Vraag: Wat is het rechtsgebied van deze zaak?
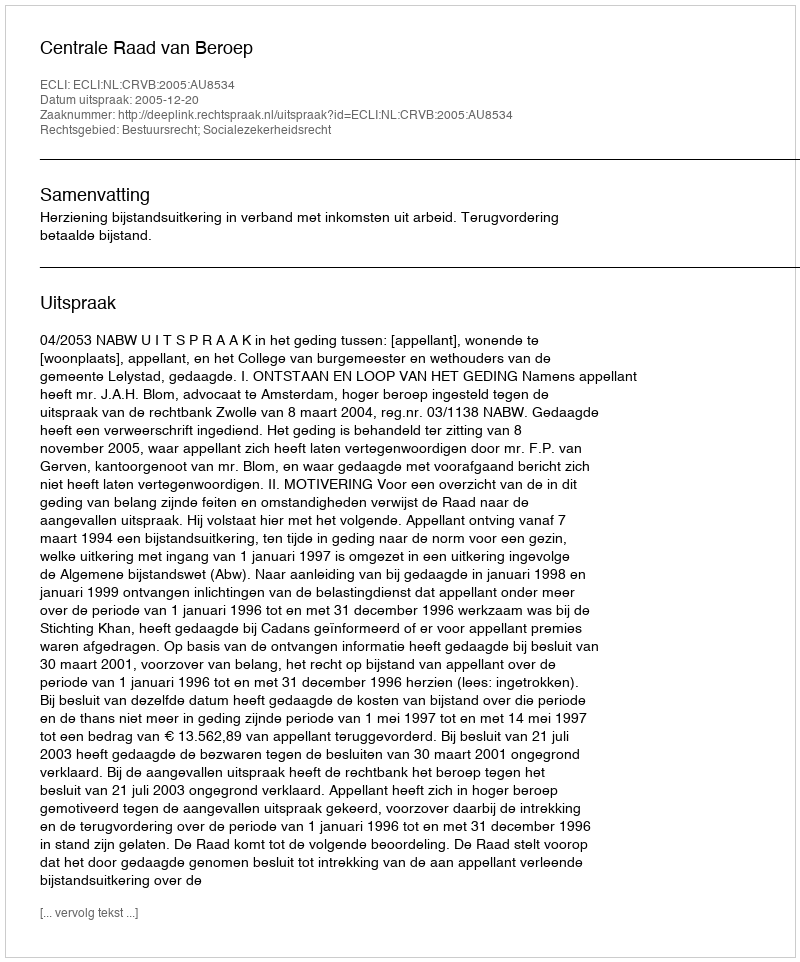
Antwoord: Bestuursrecht; Socialezekerheidsrecht